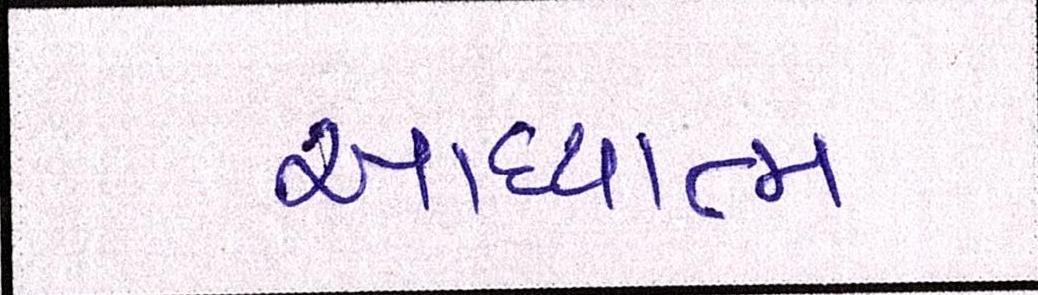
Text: આધ્યાત્મ